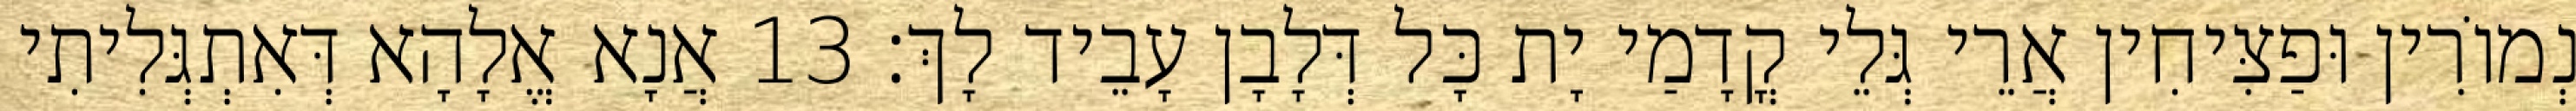
נְמוֹרִין וּפַצִּיחִין אֲרֵי גְּלֵי קֳדָמַי יָת כָּל דְּלָבָן עָבֵיד לָךְ׃ 13 אֲנָא אֱלָהָא דְּאִתְגְּלִיתִי